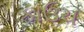
કાઉચ